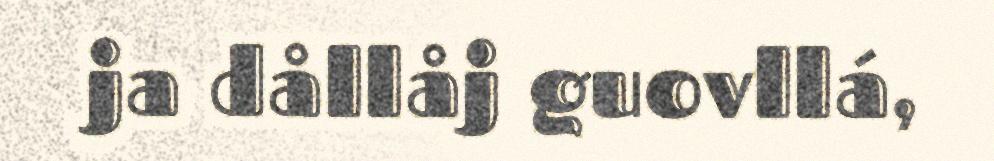
ja dållåj guovllá,